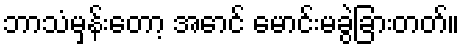
ဘာသံမှန်းတော့ အောင် မောင်းမခွဲခြားတတ်။